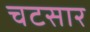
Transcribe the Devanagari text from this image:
चटसार